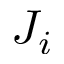
J _ { i }